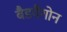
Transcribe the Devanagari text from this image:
बैडवैगोन